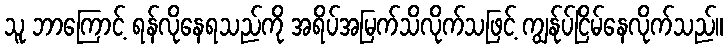
သူ ဘာကြောင့် ရန်လိုနေရသည်ကို အရိပ်အမြက်သိလိုက်သဖြင့် ကျွန်ုပ်ငြိမ်နေလိုက်သည်။